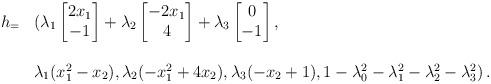
LaTeX: \begin{align*}\begin{array}{rl}h_=&(\lambda_1\begin{bmatrix}2x_1\\-1\end{bmatrix}+\lambda_2\begin{bmatrix}-2x_1\\4\end{bmatrix}+\lambda_3\begin{bmatrix}0\\-1\end{bmatrix},\\\\&\lambda_1(x_1^2-x_2),\lambda_2 (-x_1^2+4x_2),\lambda_3(-x_2+1),1-\lambda_0^2-\lambda_1^2-\lambda_2^2-\lambda_3^2)\,.\end{array}\end{align*}